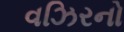
વઝિરનો